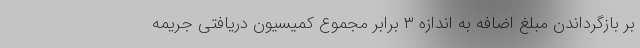
بر بازگرداندن مبلغ اضافه به اندازه ۳ برابر مجموع کمیسیون دریافتی جریمه